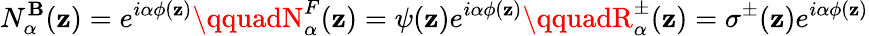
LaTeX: N_{\alpha}^{\mathbf{B}}(\mathbf{z})=e^{i\alpha\phi(\mathbf{z})}\qquadN_{\alpha}^{F}(\mathbf{z})=\psi(\mathbf{z})e^{i\alpha\phi(\mathbf{z})}\qquadR_{\alpha}^{\pm}(\mathbf{z})=\sigma^{\pm}(\mathbf{z})e^{i\alpha\phi(\mathbf{z})}